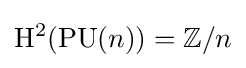
\mathrm {H} ^{2}(\mathrm {PU} (n))=\mathbb {Z} /n